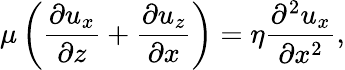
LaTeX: \mu\left(\frac{\partial u_{x}}{\partial z}+\frac{\partial u_{z}}{\partial x}\right)=\eta\frac{\partial^{2}u_{x}}{\partial x^{2}},